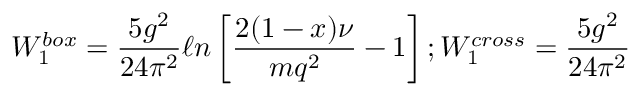
W _ { 1 } ^ { b o x } = \frac { 5 g ^ { 2 } } { 2 4 \pi ^ { 2 } } \ell n \left[ \frac { 2 ( 1 - x ) \nu } { m q ^ { 2 } } - 1 \right] ; W _ { 1 } ^ { c r o s s } = \frac { 5 g ^ { 2 } } { 2 4 \pi ^ { 2 } }